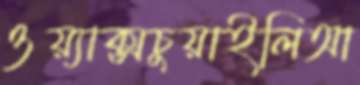
ওয়্যাক্সচুয়াইলিআ